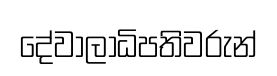
දේවාලාධිපතිවරුන්